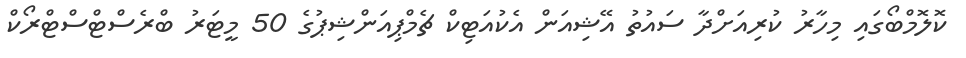
ކޮލޮމްބޯގައި މިހާރު ކުރިއަށްދާ ސައުތު އޭޝިއަން އެކުއަޓިކް ޗެމްޕިއަންޝިޕުގެ 50 މީޓަރު ބްރެސްޓްސްޓްރޯކް